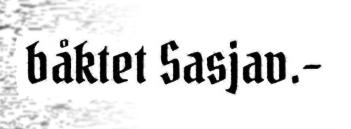
båktet Sasjav.–